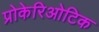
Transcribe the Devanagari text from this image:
प्रोकेरिओटिक